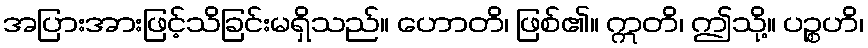
အပြားအားဖြင့်သိခြင်းမရှိသည်။ ဟောတိ၊ ဖြစ်၏။ ဣတိ၊ ဤသို့။ ပဉ္စဟိ၊